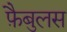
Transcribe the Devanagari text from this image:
फ़ैबुलस